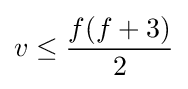
v\leq {\frac {f(f+3)}{2}}